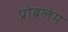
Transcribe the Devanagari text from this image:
प्रोबलेम